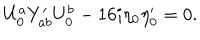
U _ { 0 } ^ { a } Y _ { a b } ^ { \prime } U _ { 0 } ^ { b } - 1 6 i \eta _ { 0 } \eta _ { 0 } ^ { \prime } = 0 .